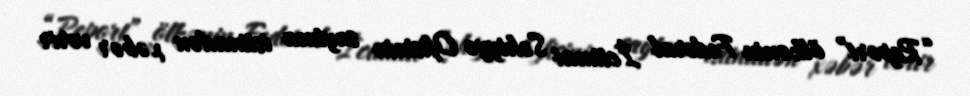
“Report” ölkənin Federal İctimai Səhiyyə Ofisinin saytına istinadən xəbər verir